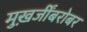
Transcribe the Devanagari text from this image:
मुख़र्जींबरोबर